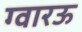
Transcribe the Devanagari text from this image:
ग्वारऊ